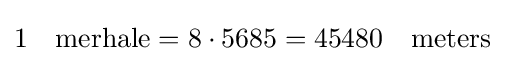
1\quad {\mbox{merhale}}=8\cdot 5685=45480\quad {\mbox{meters}}